Treatise on elephants
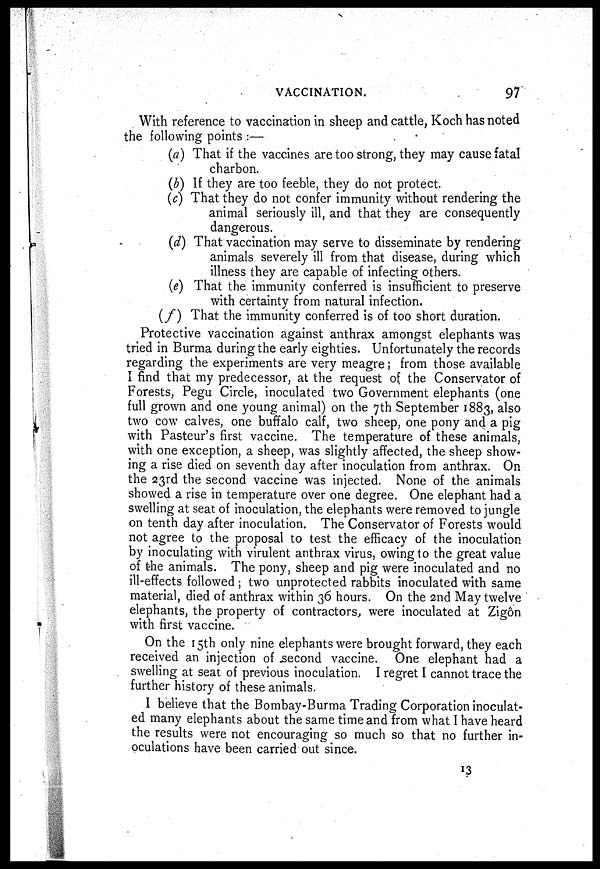
VACCINATION.
97
With reference to vaccination in sheep and cattle, Koch has noted
the following points :—
(a) That if the vaccines are too strong, they may cause fatal
charbon.
(b) If they are too feeble, they do not protect.
(c) That they do not confer immunity without rendering the
animal seriously ill, and that they are consequently
dangerous.
(d) That vaccination may serve to disseminate by rendering
animals severely ill from that disease, during which
illness they are capable of infecting others.
(e) That the immunity conferred is insufficient to preserve
with certainty from natural infection.
(f) That the immunity conferred is of too short duration.
Protective vaccination against anthrax amongst elephants was
tried in Burma during the early eighties. Unfortunately the records
regarding the experiments are very meagre; from those available
I find that my predecessor, at the request of the Conservator of
Forests, Pegu Circle, inoculated two Government elephants (one
full grown and one young animal) on the 7th September 1883, also
two cow calves, one buffalo calf, two sheep, one pony and a pig
with Pasteur's first vaccine. The temperature of these animals,
with one exception, a sheep, was slightly affected, the sheep show-
ing a rise died on seventh day after inoculation from anthrax. On
the 23rd the second vaccine was injected. None of the animals
showed a rise in temperature over one degree. One elephant had a
swelling at seat of inoculation, the elephants were removed to jungle
on tenth day after inoculation. The Conservator of Forests would
not agree to the proposal to test the efficacy of the inoculation
by inoculating with virulent anthrax virus, owing to the great value
of the animals. The pony, sheep and pig were inoculated and no
ill-effects followed ; two unprotected rabbits inoculated with same
material, died of anthrax within 36 hours. On the 2nd May twelve
elephants, the property of contractors, were inoculated at Zigôn
with first vaccine.
On the 15th only nine elephants were brought forward, they each
received an injection of second vaccine. One elephant had a
swelling at seat of previous inoculation. I regret I cannot trace the
further history of these animals.
I believe that the Bombay-Burma Trading Corporation inoculat-
ed many elephants about the same time and from what I have heard
the results were not encouraging so much so that no further in-
oculations have been carried out since.
13